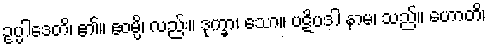
ဥပ္ပါဒေတိ၊ ၏။ ဧဝမ္ပိ၊ လည်း။ ဒုက္ခာ၊ သော။ ပဋိပဒါ နာမ၊ သည်။ ဟောတိ၊